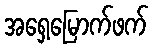
အရှေ့မြောက်ဖက်